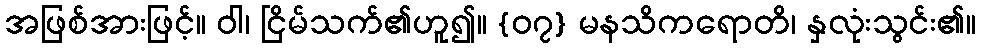
အဖြစ်အားဖြင့်။ ဝါ၊ ငြိမ်သက်၏ဟူ၍။ {၀၇} မနသိကရောတိ၊ နှလုံးသွင်း၏။